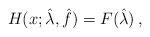
LaTeX: \begin{align*} H(x;\hat\lambda,\hat f)=F(\hat\lambda)\,,\end{align*}